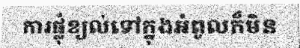
ការផ្លុំខ្យល់ទៅក្នុងអំពូលក៏មិន